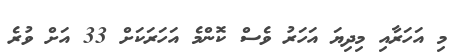
މި އަހަރާއި މިދިޔަ އަހަރު ވެސް ކޮންމެ އަހަރަކަށް 33 އަށް ވުރެ